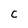
Character: c